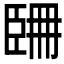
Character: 𦣧